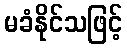
မခံနိုင်သဖြင့်